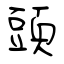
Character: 頭